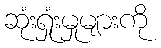
ဆုံးရှုံးမှုများကို